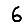
Digit: 6